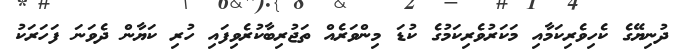
ދުނިޔޭގެ ކެހިވެރިކަމާއި މަކަރުވެރިކަމުގެ ކުޑަ މިންވަރެއް ތަޖުރިބާކުރެވިފައި ހުރި ކަޔާން ދެވަނަ ފަހަރަކު